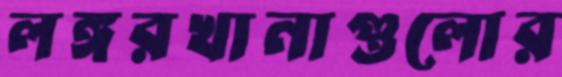
লঙ্গরখানাগুলোর